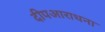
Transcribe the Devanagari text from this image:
दीपआराधना